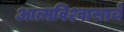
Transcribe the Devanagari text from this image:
आत्मविश्वासाचे